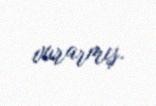
vurarmış.